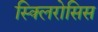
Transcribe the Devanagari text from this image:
स्क्लिरोसिस